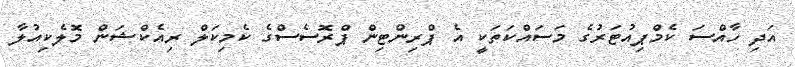
އަދި ހާއްސަ ކެމްޕިއުޓަރުގެ މަސައްކަތަކީ އެ ޕްރިންޓިން ޕްރޮސެސްގެ ކެމިކަލް ރިއެކްޝަން މޮލެކިއުލާ